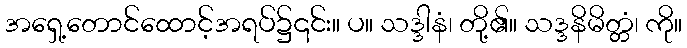
အရှေ့တောင်ထောင့်အရပ်၌၎င်း။ ပ။ သဒ္ဒါနံ၊ တို့၏။ သဒ္ဒနိမိတ္တံ၊ ကို။